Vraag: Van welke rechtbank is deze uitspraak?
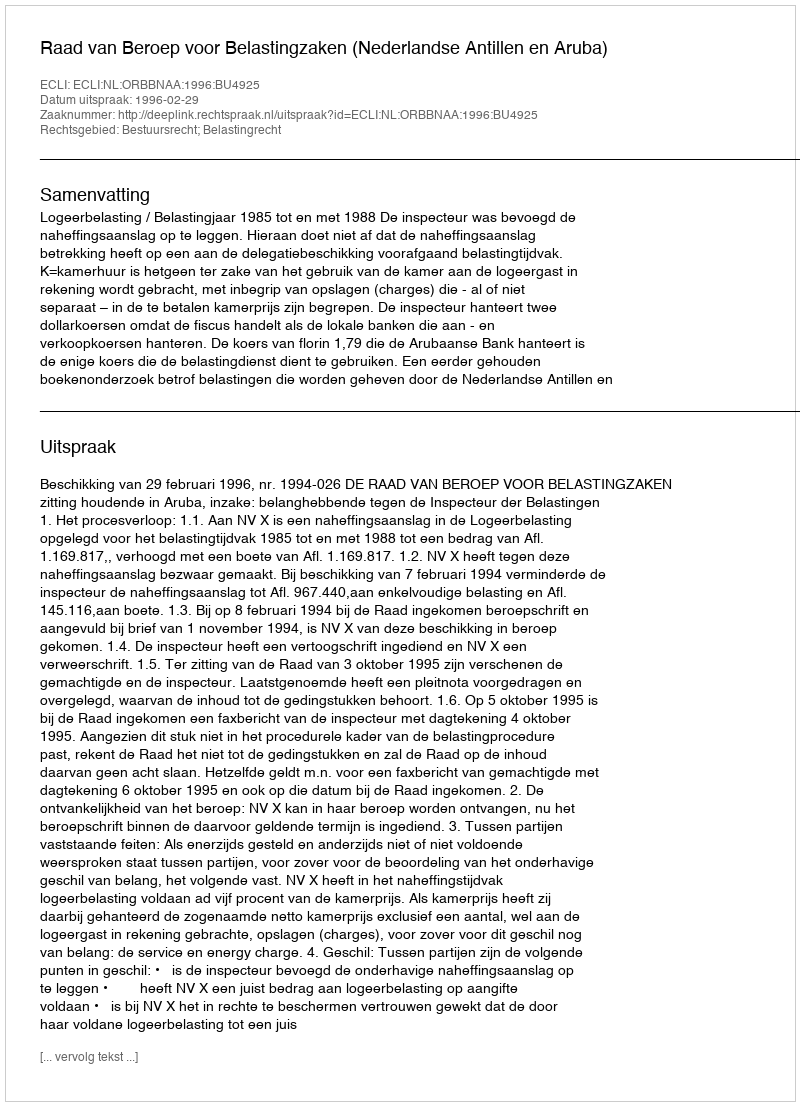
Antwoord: Raad van Beroep voor Belastingzaken (Nederlandse Antillen en Aruba)